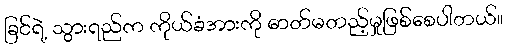
ခြင်ရဲ့ သွားရည်က ကိုယ်ခံအားကို ဓာတ်မတည့်မှုဖြစ်စေပါတယ်။